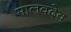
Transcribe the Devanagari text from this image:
मालवदेव